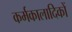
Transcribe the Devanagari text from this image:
कर्मकालादिकों